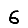
Digit: 6